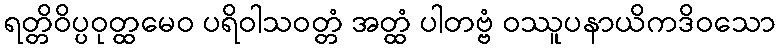
ရတ္တိဝိပ္ပဝုတ္ထမေဝ ပရိဝါသဝတ္တံ အတ္ထံ ပါတဗ္ဗံ ဝဿူပနာယိကဒိဝသော